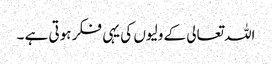
اللہ تعالی کے ولیوں کی یہی فکر ہوتی ہے ۔